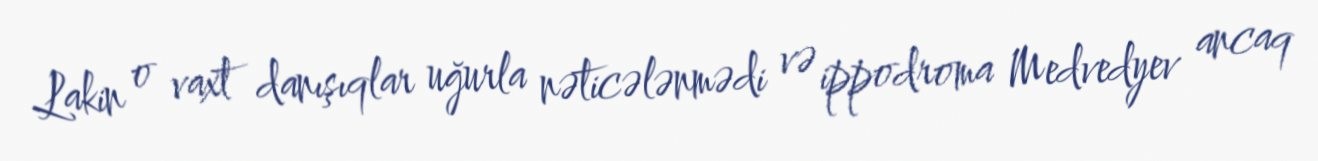
Lakin o vaxt danışıqlar uğurla nəticələnmədi və ippodroma Medvedyev ancaq